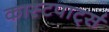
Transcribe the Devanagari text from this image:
कास्टपार्ट्स